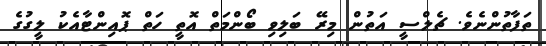
ތަފާތުންނެވެ. ޗެލްސީ އަތުން މިރޭ ބަލިވި ބޯންމަތް އޮތީ ހަތް ޕޮއިންޓާއެކު ލީގުގެ